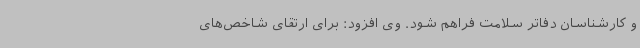
و کارشناسان دفاتر سلامت فراهم شود. وی افزود: برای ارتقای شاخص‌های